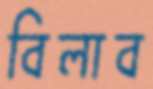
বিলাব